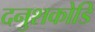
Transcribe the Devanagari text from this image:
दनुशकोडि